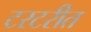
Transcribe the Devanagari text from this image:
टरटरीत